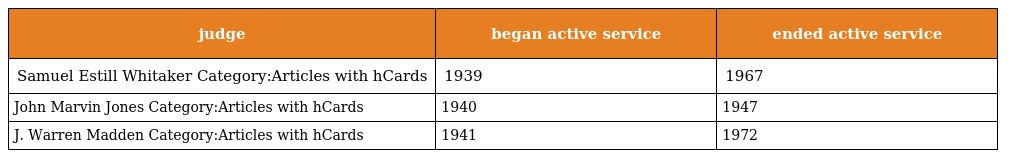
| judge | began active service | ended active service |
 | --- | --- | --- |
 | Samuel Estill Whitaker Category:Articles with hCards | 1939 | 1967 |
 | John Marvin Jones Category:Articles with hCards | 1940 | 1947 |
 | J. Warren Madden Category:Articles with hCards | 1941 | 1972 |